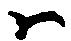
ハ